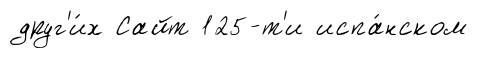
друг'и́х Сайт 125-т'и испа́нском